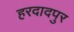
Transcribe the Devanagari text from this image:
हरदादपुर